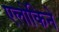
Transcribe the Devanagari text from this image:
एलोकिने